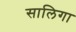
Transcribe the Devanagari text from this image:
सालिगा